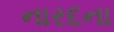
નારદના